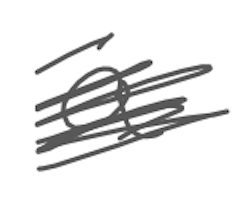
Text: a
Cross-out: scratch
Writing tool: digital_gray